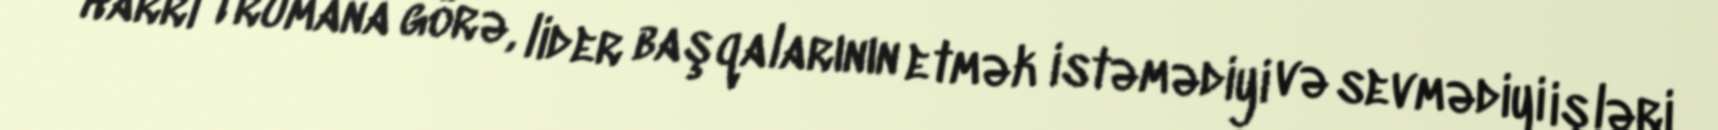
Harri Trumana görə, lider başqalarının etmək istəmədiyi və sevmədiyi işləri